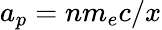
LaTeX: a_{p}=nm_{e}c/x